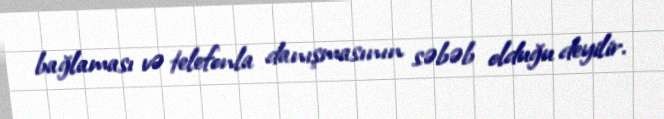
bağlaması və telefonla danışmasının səbəb olduğu deyilir.